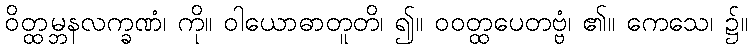
ဝိတ္ထမ္ဘနလက္ခဏံ၊ ကို။ ဝါယောဓာတူတိ၊ ၍။ ဝဝတ္ထပေတဗ္ဗံ၊ ၏။ ကေသေ၊ ၌။